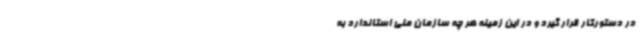
در دستورکار قرار گیرد و در این زمینه هر چه سازمان ملی استاندارد به